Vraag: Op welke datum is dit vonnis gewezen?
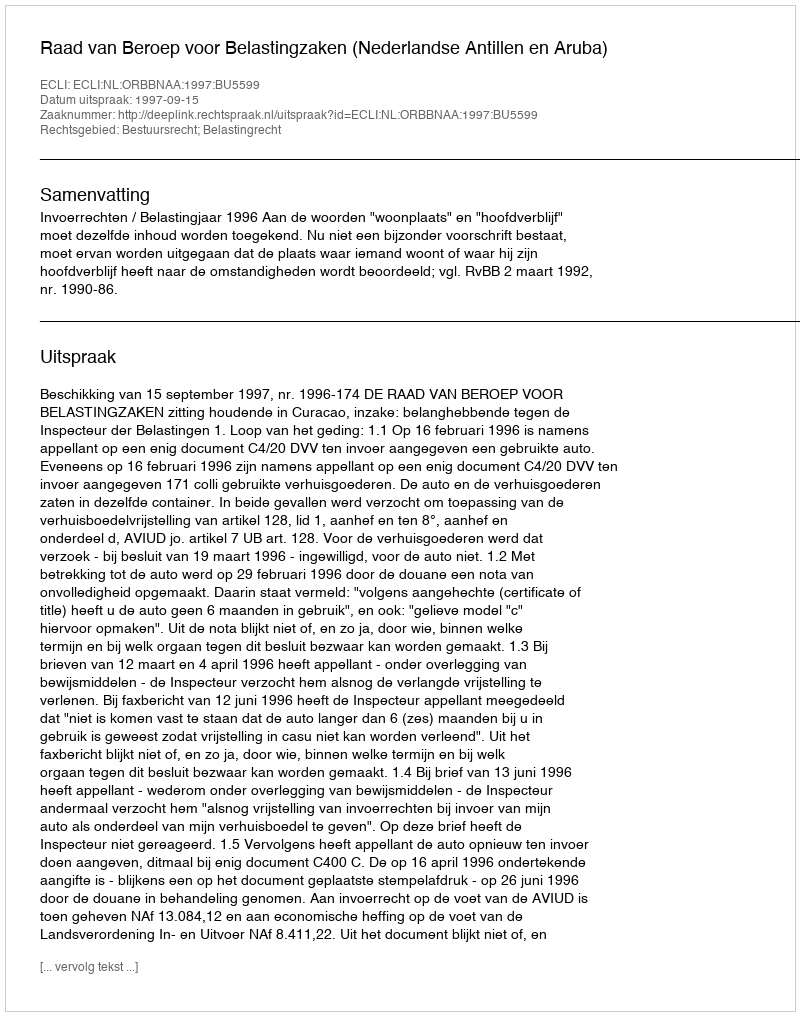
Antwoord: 1997-09-15